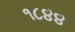
૧૮૪૪